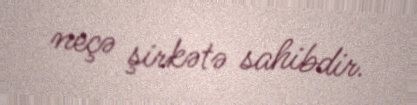
neçə şirkətə sahibdir.